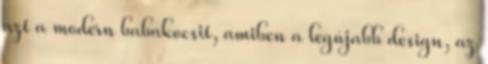
azt a modern babakocsit, amiben a legújabb design, az